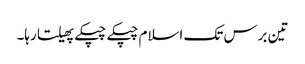
تین برس تک اسلام چپکے چپکے پھیلتا رہا۔